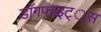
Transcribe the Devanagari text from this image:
डाॅगफाइट््स